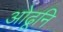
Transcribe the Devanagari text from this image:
ओढूनि